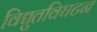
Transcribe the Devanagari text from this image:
विद्युतविघटन